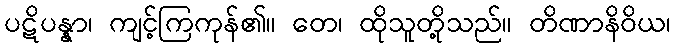
ပဋိပန္နာ၊ ကျင့်ကြကုန်၏။ တေ၊ ထိုသူတို့သည်။ တိဏာနိဝိယ၊